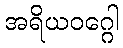
အရိယဝဂ္ဂေါ